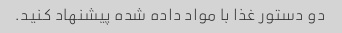
دو دستور غذا با مواد داده شده پیشنهاد کنید.